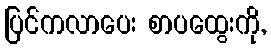
ပြင်ကလာပေး စာပထွေးကို,